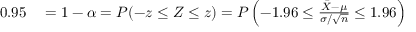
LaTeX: \begin{array} { r l } { 0 . 9 5 } & { { } = 1 - \alpha = P ( - z \leq Z \leq z ) = P \left( - 1 . 9 6 \leq { \frac { { \bar { X } } - \mu } { \sigma / { \sqrt { n } } } } \leq 1 . 9 6 \right) } \end{array}